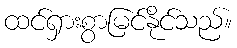
ထင်ရှားစွာမြင်နိုင်သည်။